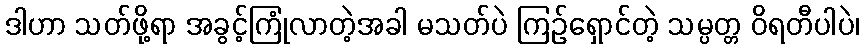
ဒါဟာ သတ်ဖို့ရာ အခွင့်ကြုံလာတဲ့အခါ မသတ်ပဲ ကြဉ်ရှောင်တဲ့ သမ္ပတ္တ ဝိရတီပါပဲ၊